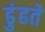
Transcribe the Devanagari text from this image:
ढुंढते